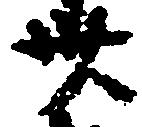
卅